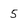
Character: 5